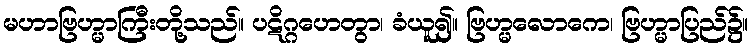
မဟာဗြဟ္မာကြီးတို့သည်။ ပဋိဂ္ဂဟေတွာ၊ ခံယူ၍။ ဗြဟ္မလောကေ၊ ဗြဟ္မာပြည်၌။